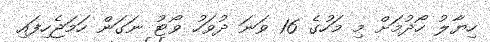
ހިޔާލު ހޯދުމަށް މި މަހުގެ 16 ވަނަ ދުވަހު ވޯޓު ނަގަން ހަމަޖެހިފައި